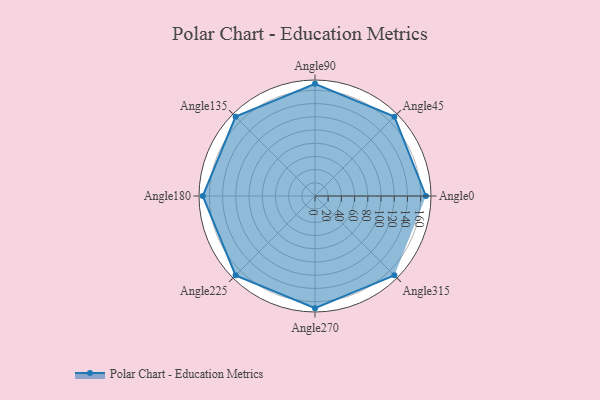
{"axis": {"x": "Angle", "y": "Radius"}, "legend": [""], "data": [{"x": "Angle0", "y": 168.0, "type": ""}, {"x": "Angle45", "y": 170, "type": ""}, {"x": "Angle90", "y": 170, "type": ""}, {"x": "Angle135", "y": 170, "type": ""}, {"x": "Angle180", "y": 170.0, "type": ""}, {"x": "Angle225", "y": 170, "type": ""}, {"x": "Angle270", "y": 170, "type": ""}, {"x": "Angle315", "y": 170, "type": ""}]}